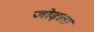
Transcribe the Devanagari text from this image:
जोड़ला